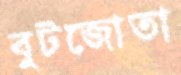
বুটজোতা